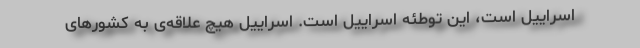
اسراییل است، این توطئه اسراییل است. اسراییل هیچ علاقه‌ی به کشورهای